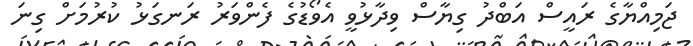
ޖަމިއްޔާގެ ރައީސް އަބްދު ގިޔާސް ވިދާޅުވީ އެވޯޑުގެ ފެންވަރު ރަނގަޅު ކުރުމަށް ގިނަ